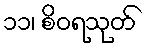
၁၁၊ စိဝရသုတ်